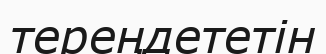
тереңдететін